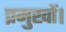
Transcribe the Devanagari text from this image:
प्रमुखों।